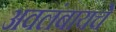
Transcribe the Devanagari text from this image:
अवलंबायचे